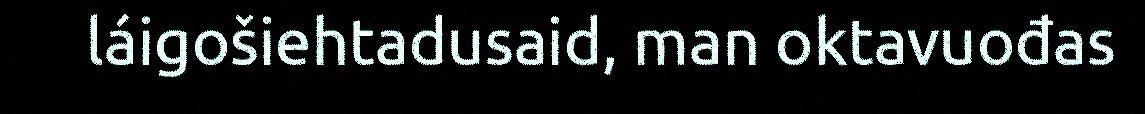
láigošiehtadusaid, man oktavuođas